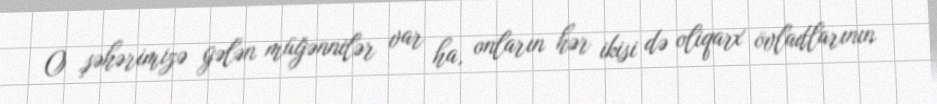
O şəhərimizə gələn müğənnilər var ha, onların hər ikisi də oliqarx övladlarının